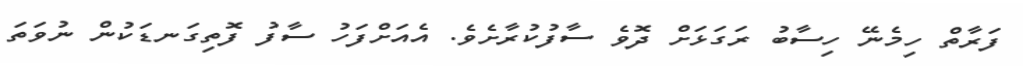
ފަރާތް ހިމެނޭ ހިސާބު ރަގަޅަށް ދޮވެ ސާފުކުރާށެވެ. އެއަށްފަހު ސާފު ފޮތިގަނޑަކުން ނުވަތަ